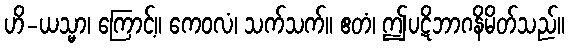
ဟိ-ယသ္မာ၊ ကြောင့်။ ကေဝလံ၊ သက်သက်။ ဧတံ၊ ဤပဋိဘာဂနိမိတ်သည်။